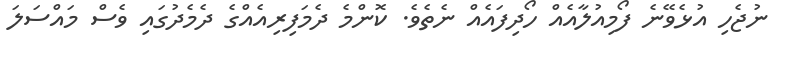
ނުޖެހި އުޅެވޭނެ ފޯމިއުލާއެއް ހޯދިފައެއް ނެތެވެ. ކޮންމެ ދެމަފިރިއެއްގެ ދެމެދުގައި ވެސް މައްސަލަ